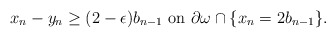
\begin{align*}x_n - y_n \geq (2 - \epsilon) b_{n-1} \mbox{ on } \partial \omega \cap \{x_n = 2 b_{n-1}\}.\end{align*}